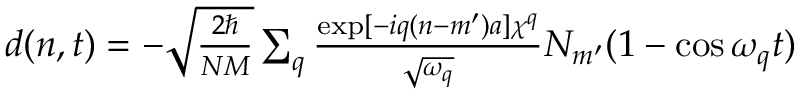
\begin{array} { r } { d ( n , t ) = - \sqrt { \frac { 2 \hbar } { N M } } \sum _ { q } \frac { \exp [ - i q ( n - m ^ { \prime } ) a ] \chi ^ { q } } { \sqrt { \omega _ { q } } } N _ { m ^ { \prime } } ( 1 - \cos { \omega _ { q } t } ) } \end{array}